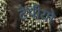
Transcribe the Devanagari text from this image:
टेपीयो